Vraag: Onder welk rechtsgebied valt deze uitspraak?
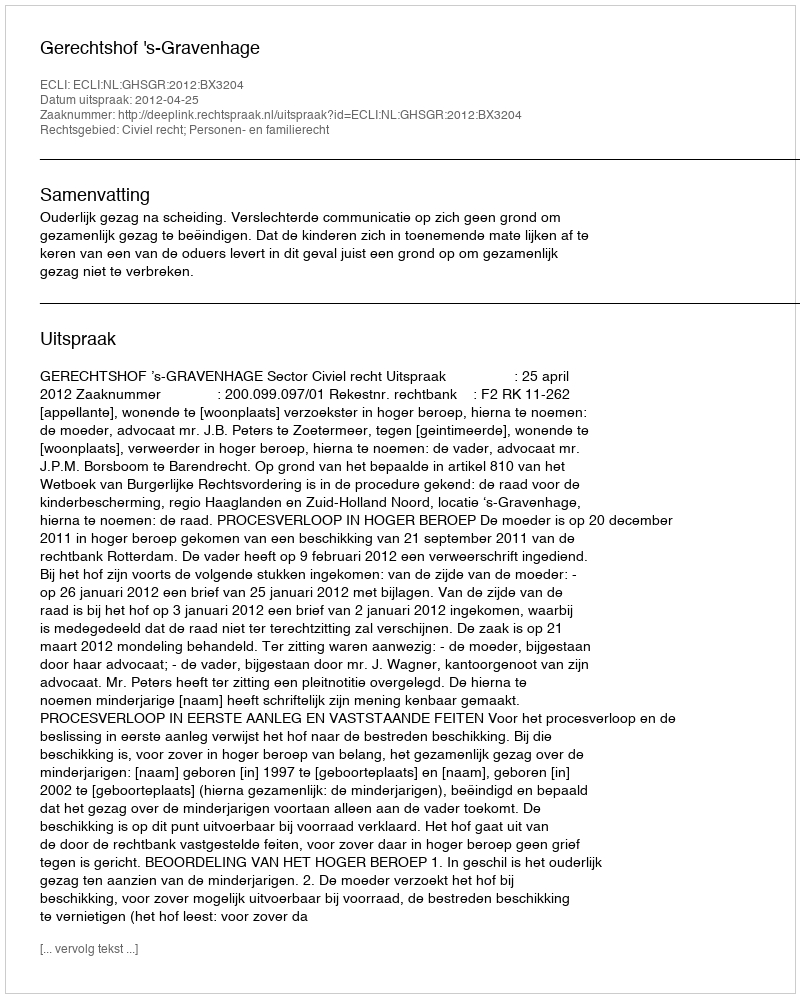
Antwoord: Civiel recht; Personen- en familierecht